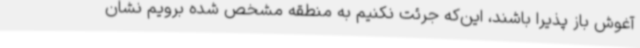
آغوش باز پذیرا باشند، این‌که جرئت نکنیم به منطقه مشخص‌ شده برویم نشان